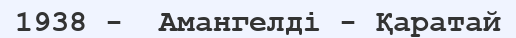
1938 -  Амангелді - Қаратай